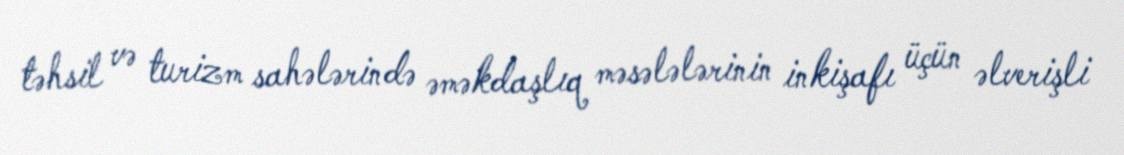
təhsil və turizm sahələrində əməkdaşlıq məsələlərinin inkişafı üçün əlverişli